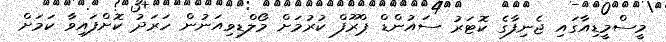
މީސްމީޑިއާގައި ޖެނިފާގެ ކޮޓަރު ސައުންޑް ޕްރޫފް ކުރުމަށް މޯލްޑިވިއަނުން ހަރަދު ކޮށްފައިވާ ކަމަށް